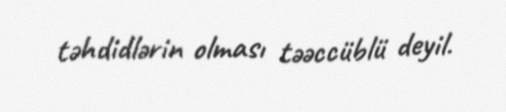
təhdidlərin olması təəccüblü deyil.